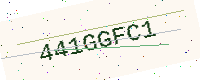
Text: 441GGFC1